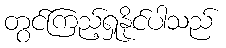
တွင်ကြည့်ရှုနိုင်ပါသည်